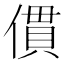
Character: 𠍿